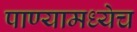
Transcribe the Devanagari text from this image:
पाण्यामध्येच